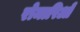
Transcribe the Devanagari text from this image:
रोमारिओ